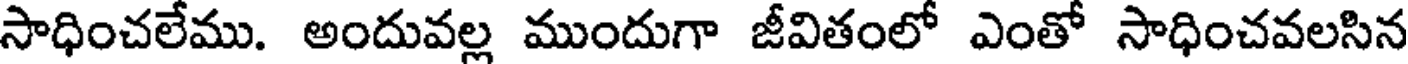
సాధించలేము. అందువల్ల ముందుగా జీవితంలో ఎంతో సాధించవలసిన